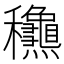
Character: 𥤛